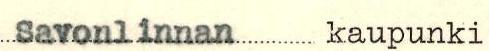
Savonlinnan kaupunki